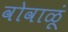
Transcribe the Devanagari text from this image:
वोवाळूं